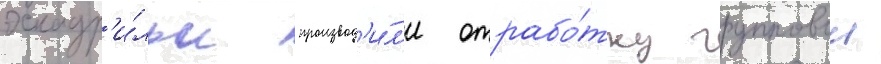
эскадр'и́льи производ'и́л'и отрабо́тку групповои